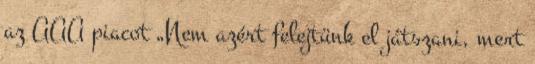
az AAA piacot „Nem azért felejtünk el játszani, mert